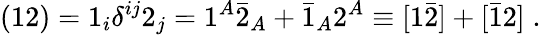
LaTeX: ({12})=1_{i}\delta^{ij}2_{j}=1^{A}\bar{2}_{A}+\bar{1}_{A}2^{A}\equiv[1\bar{2}]+[\bar{1}2]\; .